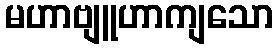
မဟာဗျူဟာကျသော